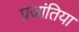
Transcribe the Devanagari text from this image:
प्रजांतिया